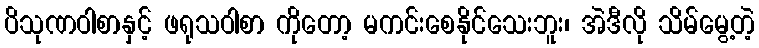
ပိသုဏဝါစာနှင့် ဖရုသဝါစာ ကိုတော့ မကင်းစေနိုင်သေးဘူး၊ အဲဒီလို သိမ်မွေ့တဲ့